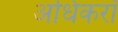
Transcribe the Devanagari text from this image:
अधिकरॉ